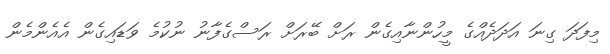
މިފަދަ ގިނަ އަދަދެއްގެ މީހުންނާއިގެން ރަށް ބޭރަށް ރަސްގެފާނު ނުކުމެ ވަޑައިގެން އެއެންމެން